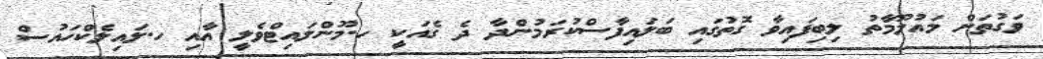
ވަގުތަށް މައުލޫމާތު ލިބިފައިވާ ގޮތުގައި ބަލައިފާސްކުރަމުންދާ ދެ ގެއަކީ ހ.މޫންލައިޓްވެލީ އާއި ހ.ލައިލެކްހައުސް